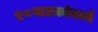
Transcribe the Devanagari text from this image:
५८नाटकांमध्ये